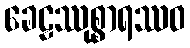
ခေဠဿုစ္စာရဿဝ